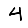
Digit: 4